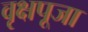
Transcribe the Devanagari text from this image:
वृक्षपूजा